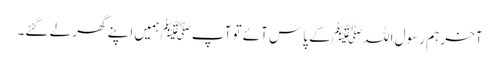
آخر ہم رسول اللہﷺ کے پاس آئے تو آپﷺ ہمیں اپنے گھر لے گئے۔